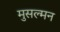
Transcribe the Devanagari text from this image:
मुसल्मन